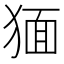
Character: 𤟯